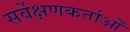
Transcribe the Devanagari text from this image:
सर्वेक्षणकर्ताओं